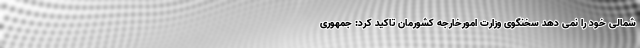
شمالی خود را نمی دهد سخنگوی وزارت امورخارجه کشورمان تاکید کرد: جمهوری